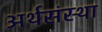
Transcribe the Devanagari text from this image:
अर्थसंस्था